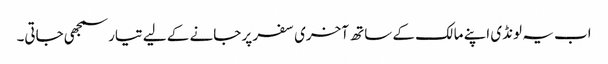
اب یہ لونڈی اپنے مالک کے ساتھ آخری سفر پر جانے کے لیے تیار سمجھی جاتی۔